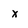
Character: x